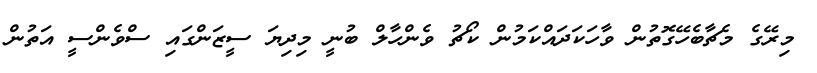
މިރޭގެ މެޗާބެހޭގޮތުން ވާހަކަދައްކަމުން ކޯޗު ވެންހާލް ބުނީ މިިދިޔަ ސީޒަންގައި ސްވެންސީ އަތުން